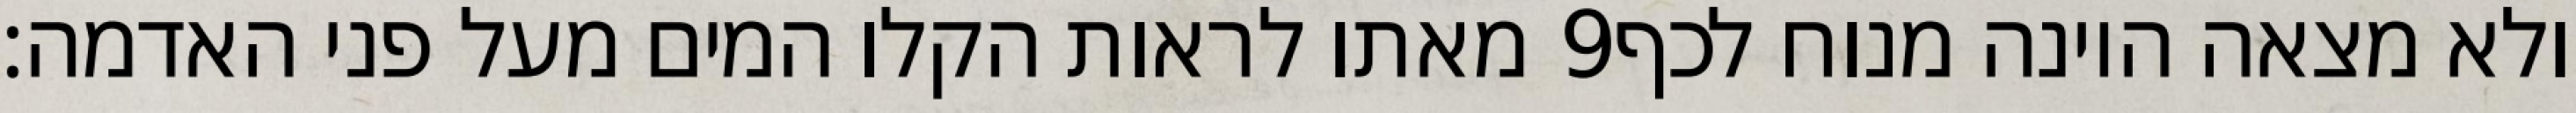
מאתו לראות הקלו המים מעל פני האדמה׃ ‎9‏ ולא מצאה היונה מנוח לכף